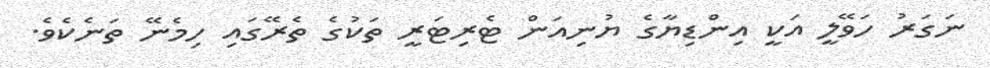
ނަގަރު ހަވޭލީ އަކީ އިންޑިޔާގެ ޔުނިއަން ޓެރިޓަރީ ތަކުގެ ތެރޭގައި ހިމެނޭ ތަނެކެވެ.